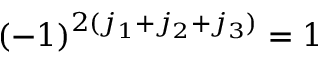
( - 1 ) ^ { 2 ( j _ { 1 } + j _ { 2 } + j _ { 3 } ) } = 1